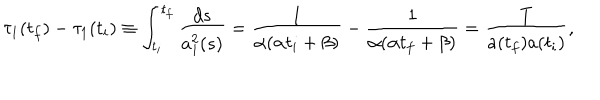
LaTeX: \tau _ { 1 } ( t _ { f } ) - \tau _ { 1 } ( t _ { i } ) \equiv \int _ { t _ { i } } ^ { t _ { f } } \frac { d s } { a _ { 1 } ^ { 2 } ( s ) } = \frac { 1 } { \alpha ( \alpha t _ { i } + \beta ) } - \frac { 1 } { \alpha ( \alpha t _ { f } + \beta ) } = \frac { T } { a ( t _ { f } ) a ( t _ { i } ) } ,